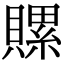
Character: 𧷳